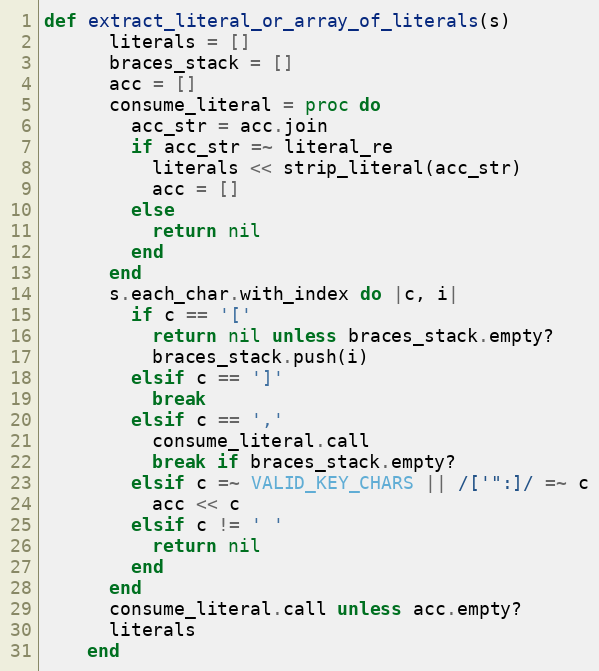
Language: Ruby
def extract_literal_or_array_of_literals(s)
      literals = []
      braces_stack = []
      acc = []
      consume_literal = proc do
        acc_str = acc.join
        if acc_str =~ literal_re
          literals << strip_literal(acc_str)
          acc = []
        else
          return nil
        end
      end
      s.each_char.with_index do |c, i|
        if c == '['
          return nil unless braces_stack.empty?
          braces_stack.push(i)
        elsif c == ']'
          break
        elsif c == ','
          consume_literal.call
          break if braces_stack.empty?
        elsif c =~ VALID_KEY_CHARS || /['":]/ =~ c
          acc << c
        elsif c != ' '
          return nil
        end
      end
      consume_literal.call unless acc.empty?
      literals
    end